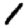
Digit: 1